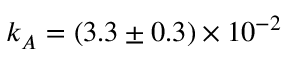
k _ { A } = ( 3 . 3 \pm 0 . 3 ) \times 1 0 ^ { - 2 }